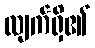
လျက်ရှိ၏